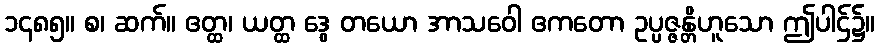
၁၄၈၅။ စ၊ ဆက်။ ဧတ္ထ၊ ယတ္ထ ဒွေ တယော အာသဝေါ ဧကတော ဥပ္ပဇ္ဇန္တိဟူသော ဤပါဌ်၌။